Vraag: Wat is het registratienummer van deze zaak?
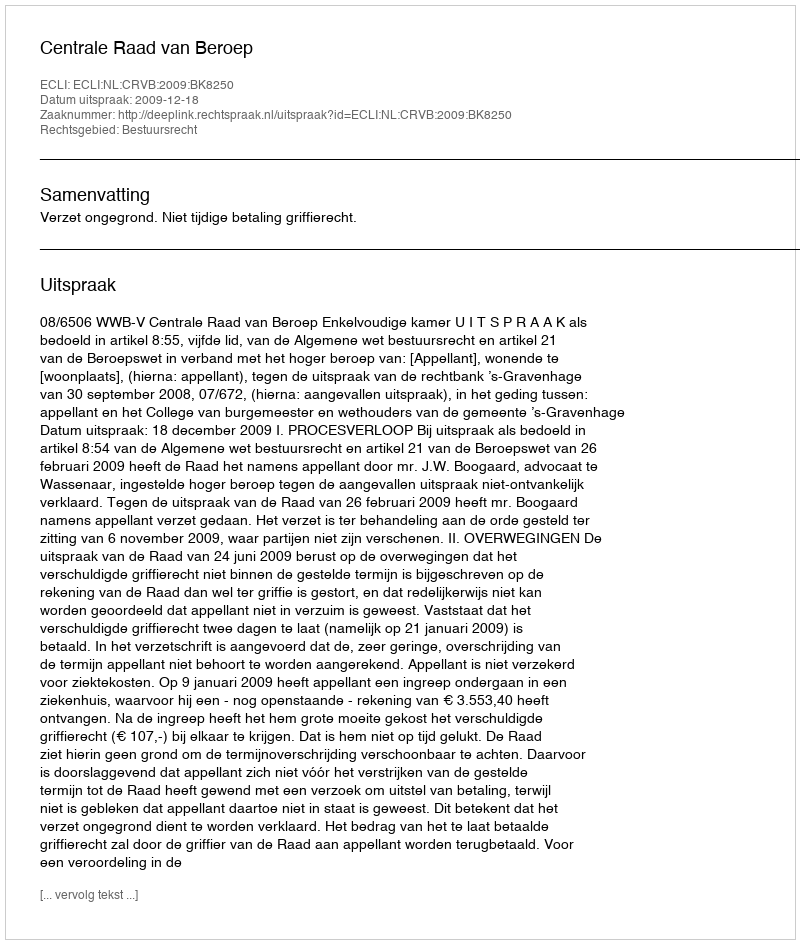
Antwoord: http://deeplink.rechtspraak.nl/uitspraak?id=ECLI:NL:CRVB:2009:BK8250